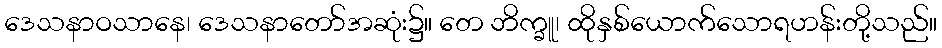
ဒေသနာဝသာနေ၊ ဒေသနာတော်အဆုံး၌။ တေ ဘိက္ခူ၊ ထိုနှစ်ယောက်သောရဟန်းတို့သည်။